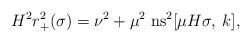
LaTeX: \begin{align*}H^2r_+^2(\sigma)=\nu^2+\mu^2\;\mbox{ns}^2[\mu H\sigma,\;k],\end{align*}